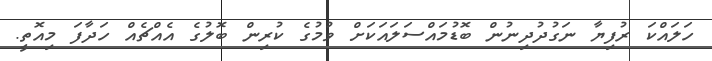
ހަލައްކަ ރުފިޔާ ނަގުދުދިނުން ބޮޑުމައްސަލައަކަށް ވުމުގެ ކުރިން ބޮލުގެ އެއްޗެއް ހަދާފަ މިއޮތީ.